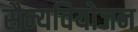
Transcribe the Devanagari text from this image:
सैन्यवियोजन